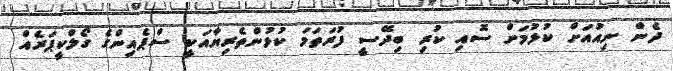
ދެން ނިއުއަށް ކުޅުމަށް ސޮއި ކުރި ބިދޭސީ ފުރަތަމަ ކުޅުންތެރިޔާއަކީ ސްޕެއިންގެ ގޯލްކީޕަރެއް